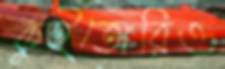
কুইতোরিও